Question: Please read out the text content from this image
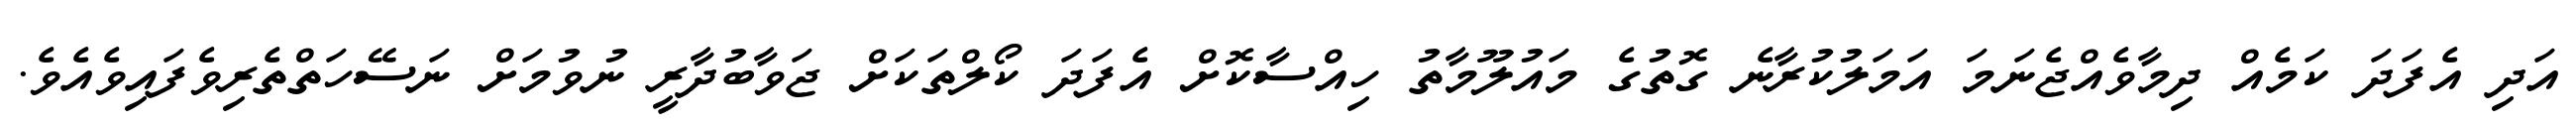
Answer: އަދި އެފަދަ ކަމެއް ދިމާވެއްޖެނަމަ އަމަލުކުރާނެ ގޮތުގެ މައުލޫމާތު ހިއްސާކޮށް އެފަދަ ކޯލްތަކަށް ޖަވާބުދާރީ ނުވުމަށް ނަސޭހަތްތެރިވެފައިވެއެވެ.